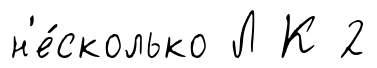
н'е́сколько Л К 2